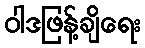
ဝါဒဖြန့်ချိရေး